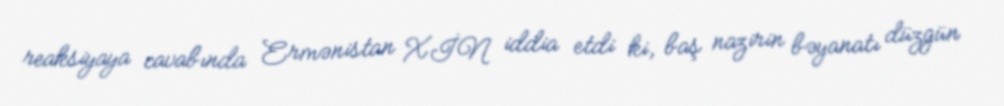
reaksiyaya cavabında Ermənistan XİN iddia etdi ki, baş nazirin bəyanatı düzgün